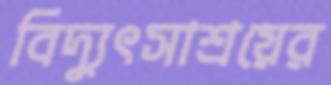
বিদ্যুৎসাশ্রয়ের